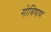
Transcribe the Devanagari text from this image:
गोविषाण